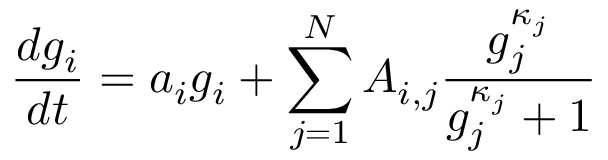
\frac { d g _ { i } } { d t } = a _ { i } g _ { i } + \sum _ { j = 1 } ^ { N } A _ { i , j } \frac { g _ { j } ^ { \kappa _ { j } } } { g _ { j } ^ { \kappa _ { j } } + 1 }